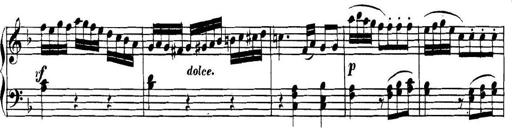
Title: Collected Piano Sonatas
Composer: Muzio Clementi